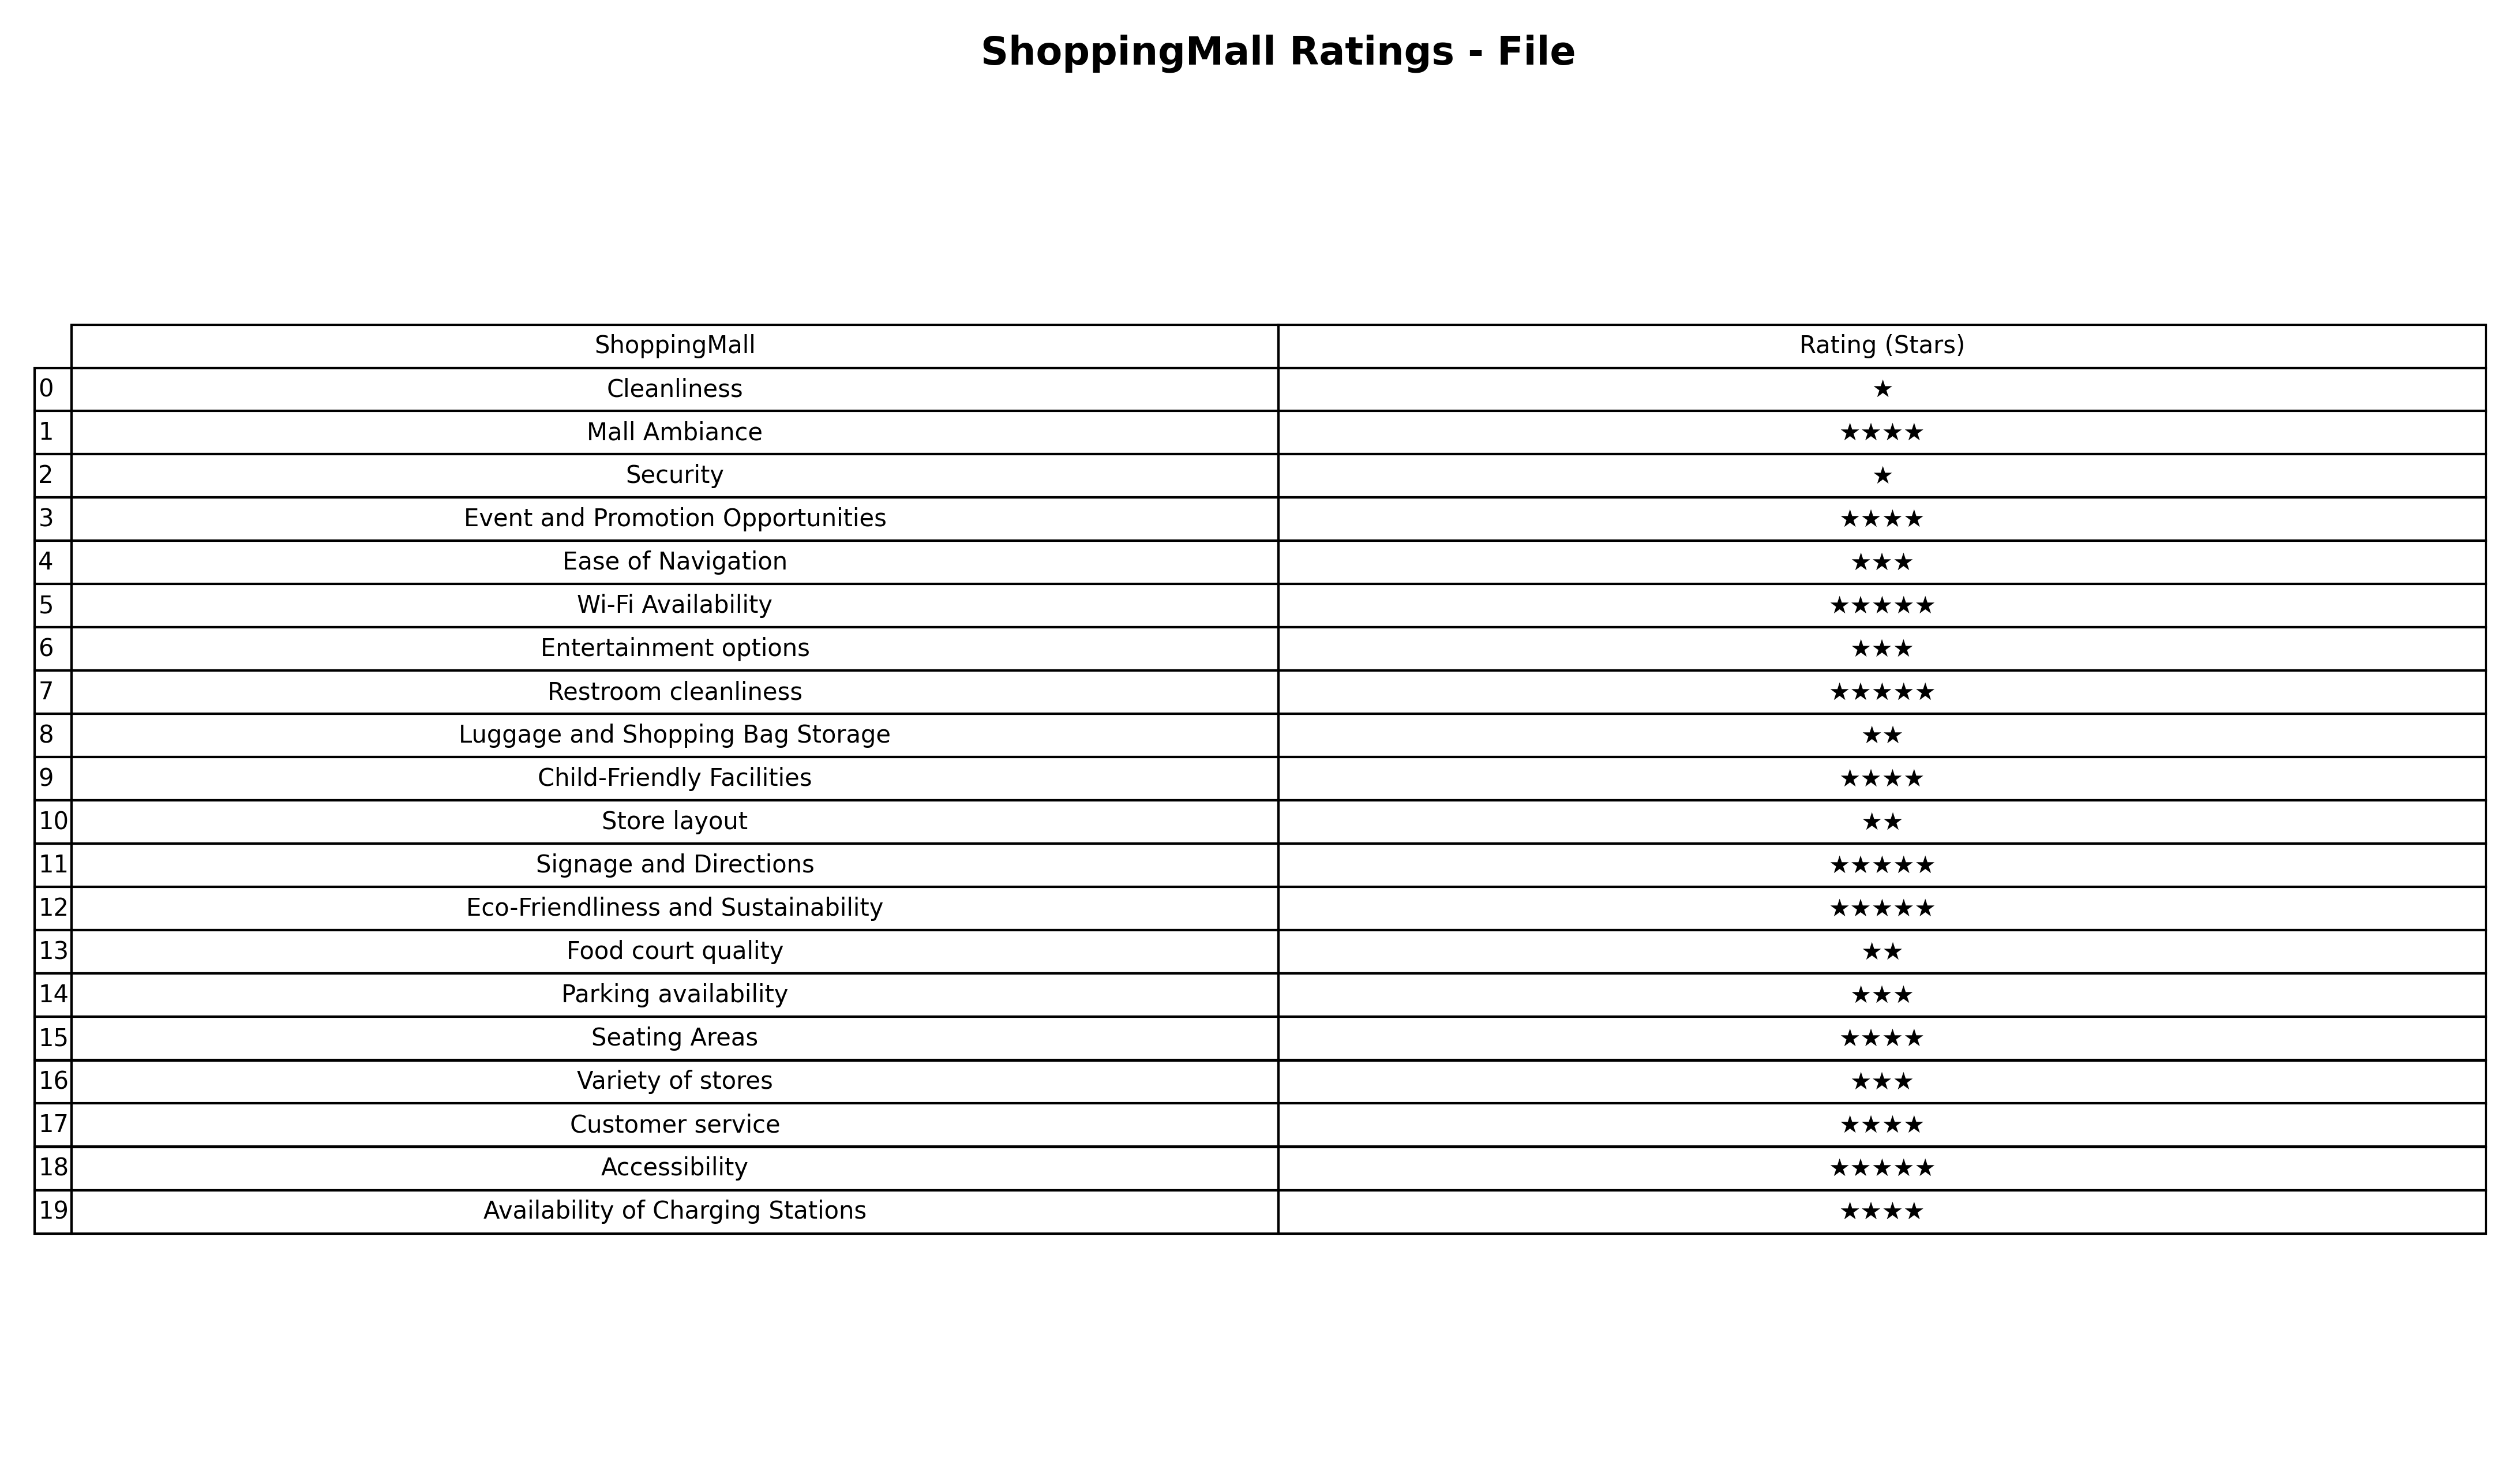
question: What are five star services?
answer: Wi-Fi AvailabilityRestroom cleanlinessSignage and DirectionsEco-Friendliness and SustainabilityAccessibility